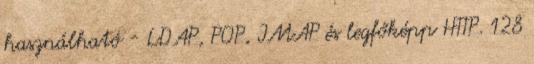
használható - LDAP, POP, IMAP és legfőképp HTTP. 128